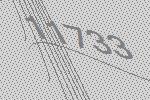
11733